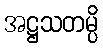
အဋ္ဌသတမ္ပိ